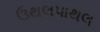
ઉથલપાથલ